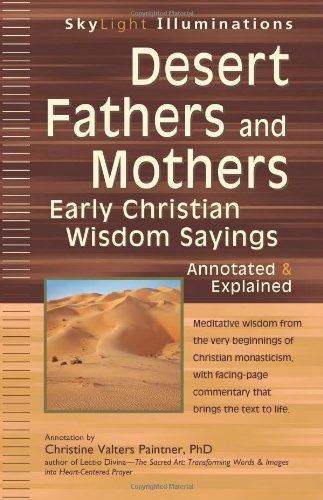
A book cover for Desert Fathers and Mothers: Early Christian Wisdom SayingsAnnotated & Explained (SkyLight Illuminations); Christine Valters Paintner; Christian Books & Bibles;